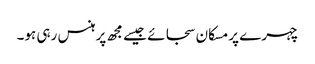
چہرے پر مسکان سجائے جیسے مجھ پر ہنس رہی ہو۔